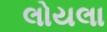
લોયલા